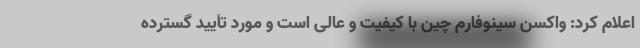
اعلام کرد: واکسن سینوفارم چین با کیفیت و عالی است و مورد تأیید گسترده